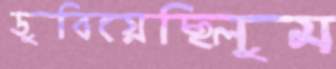
ডুবিয়েছিলুম